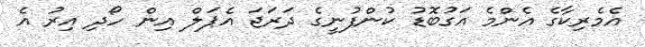
އެމެރިކާގެ އެންމެ އަގުބޮޑު ކުންފުނީގެ ދަރަޖަ އެޕަލް އިން ހޯދި އިރު އެ